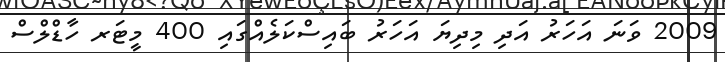
2009 ވަނަ އަހަރު އަދި މިދިޔަ އަހަރު ބައިސްކަލެއްގައި 400 މީޓަރ ހާޑްލްސް